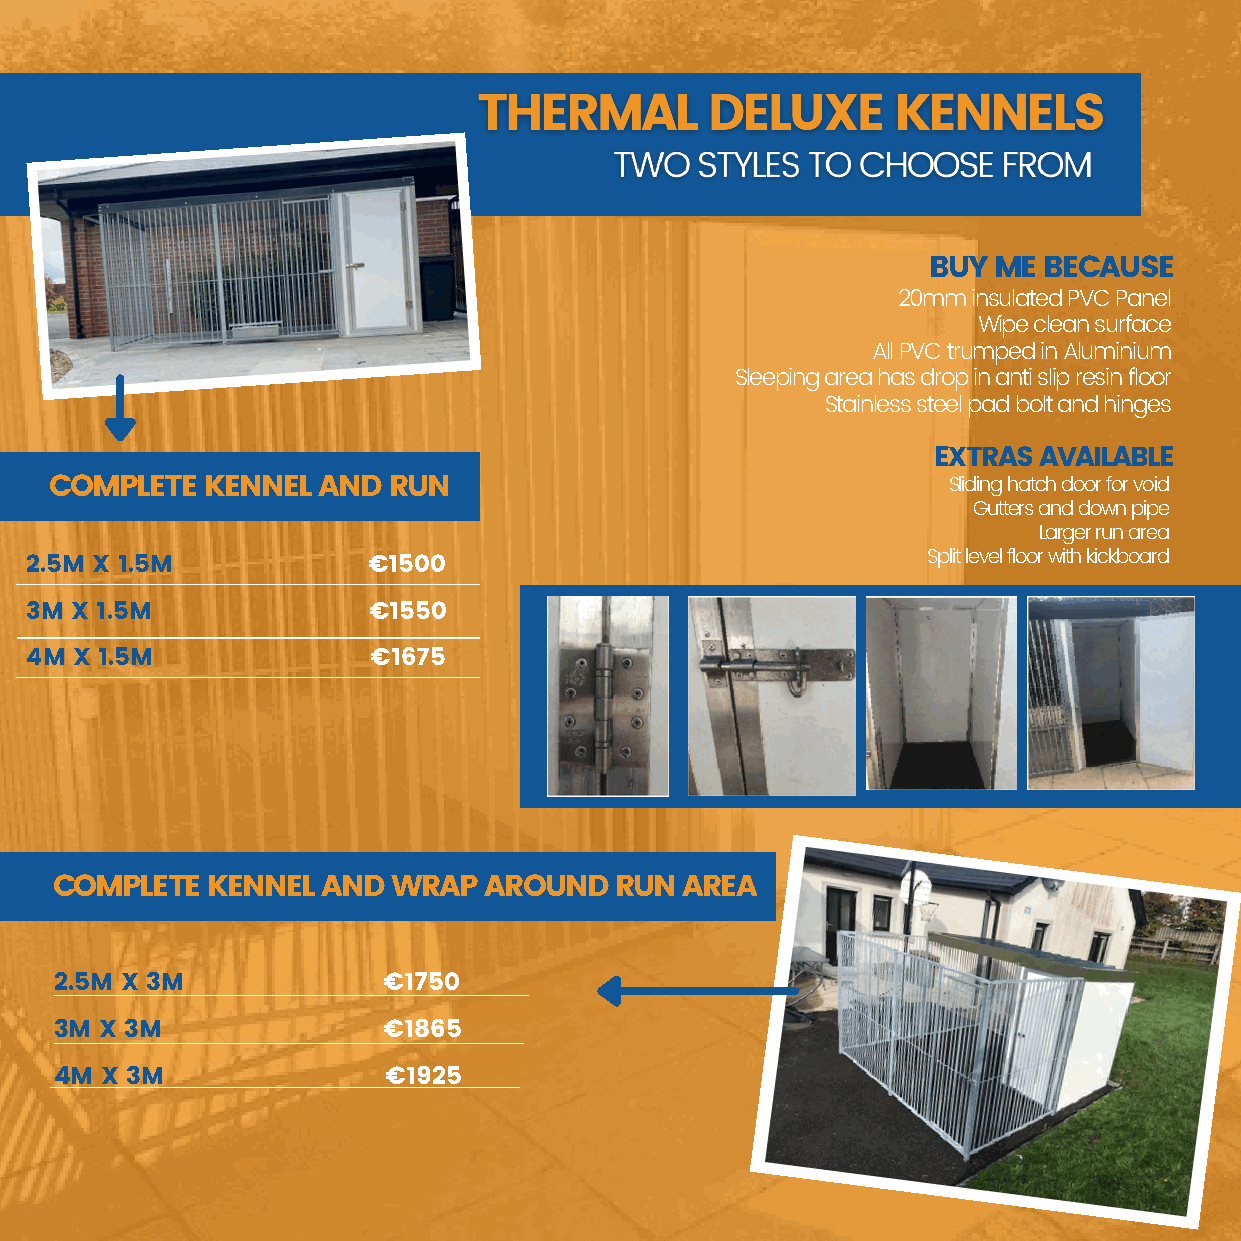
BUY ME BECAUSE
 20mm insulated PVC Panel
 Wipe clean surface
 All PVC trumped in Aluminium
 Sleeping area has drop in anti slip resin floor
 Stainless steel pad bolt and hinges
 EXTRAS AVAILABLE
 COMPLETE   KENNEL AND  RUN                                  Sliding hatch door for void
 Gutters and down pipe
 Larger run area
 Split level floor with kickboard
 2.5M X 1.5M           €1500
 3M X 1.5M             €1550
 4M X 1.5M              €1675
 COMPLETE   KENNEL AND  WRAP  AROUND   RUN AREA
 2.5M X 3M            €1750
 3M X 3M              €1865
 4M X 3M               €1925